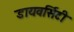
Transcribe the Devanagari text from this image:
डायवर्सिटी